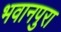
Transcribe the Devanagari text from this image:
भवानपुरा